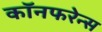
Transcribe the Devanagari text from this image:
कॉनफरेन्स